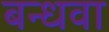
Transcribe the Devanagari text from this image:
बन्धवा